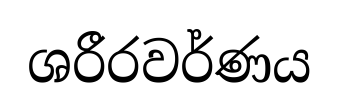
ශරීරවර්ණය